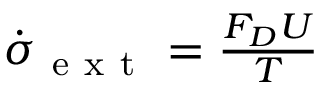
\begin{array} { r } { \dot { \sigma } _ { \mathrm { ~ e ~ x ~ t ~ } } = \frac { { F } _ { D } U } { T } } \end{array}